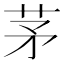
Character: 茅